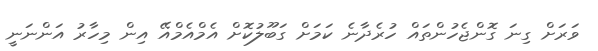
ވަރަށް ގިނަ ގޮންޖެހުންތައް ހުރެދާނެ ކަމަށް ގަބޫލުކޮށް އެމްއެމްއޭ އިން މިހާރު އަންނަނީ